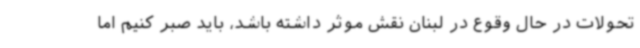
تحولات در حال وقوع در لبنان نقش موثر داشته باشد، باید صبر کنیم اما